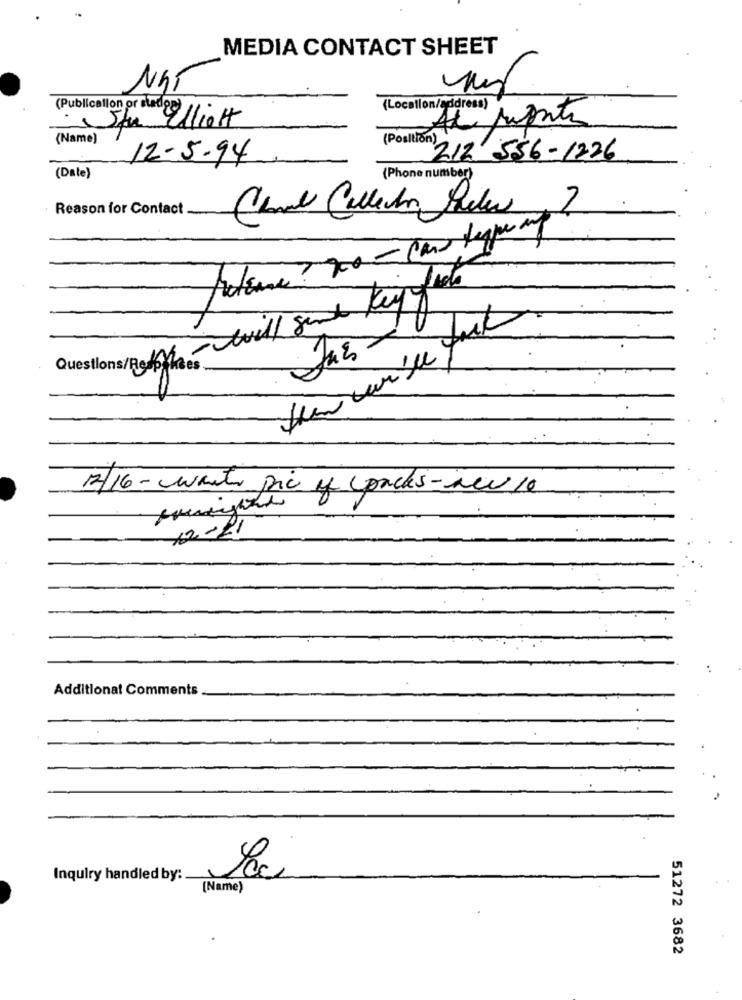
MEDIA CONTACT SHEET
(Publication or stad
(Locallon/address)
Stu Elliott
(Name)
( Poulton)
12-5-94
212 556-1726
( Date)
(Phone number)
Reason for Contact
Canal Collector Sales
.2
Questions/ Rett - will sund Key
Jus
12/16 - want pic of packs-new 10
12-21
..
Additional Comments
Inquiry handled by:
1
[Name)
51272 3682